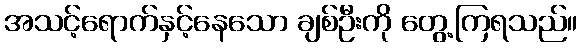
အသင့်ရောက်နှင့်နေသော ချစ်ဦးကို တွေ့ကြရသည်။